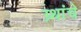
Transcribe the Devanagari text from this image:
ग्र्थांचे